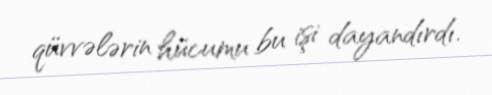
qüvvələrin hücumu bu işi dayandırdı.